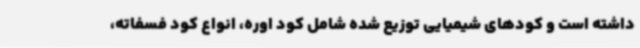
داشته است و کودهای شیمیایی توزیع شده شامل کود اوره، انواع کود فسفاته،